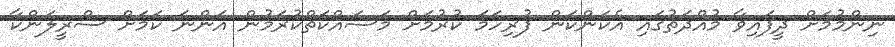
ނިންމުމަށް ދީފައިވާ މުއްދަތުގައި އެކަންކަން ފުރިހަމަ ކުރުމަށް މަސައްކަތްކުރަމުން އަންނަ ކަމަށް ސްރީލަންކާ